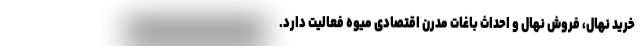
خرید نهال، فروش نهال و احداث باغات مدرن اقتصادی میوه فعالیت دارد.